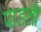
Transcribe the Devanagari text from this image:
पाडलीं